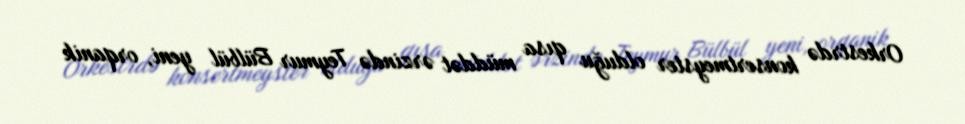
Orkestrdə konsertmeyster olduğu qısa müddət ərzində Teymur Bülbül yeni, orqanik